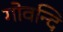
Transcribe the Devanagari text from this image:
गोवन्दि